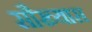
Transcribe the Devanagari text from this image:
सौख्यास